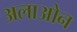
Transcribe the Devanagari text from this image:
अलाओन